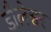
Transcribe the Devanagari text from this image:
डौलेश्वर